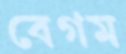
বেগম